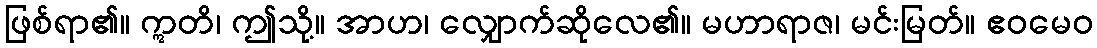
ဖြစ်ရာ၏။ ဣတိ၊ ဤသို့။ အာဟ၊ လျှောက်ဆိုလေ၏။ မဟာရာဇ၊ မင်းမြတ်။ ဧဝမေဝ